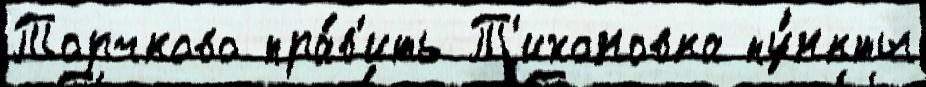
Торчково пра́в'ить Т'ихоновка пу́нкты